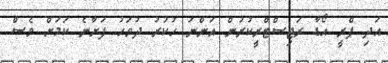
އަދި ޕްރީ އޯޑާ ރަޖިސްޓްރީކުރުން އަންނަ ހުކުރު ދުވަހު ފަށާނެ ކަމަށް ވެސް